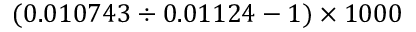
( 0 . 0 1 0 7 4 3 \div 0 . 0 1 1 2 4 - 1 ) \times 1 0 0 0